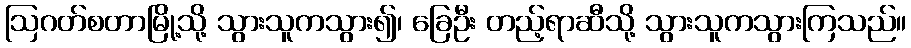
ဩဂတ်စတာမြို့သို့ သွားသူကသွား၍၊ ခြေဦး တည့်ရာဆီသို့ သွားသူကသွားကြသည်။